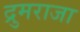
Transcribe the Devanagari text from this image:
द्रुमराजा